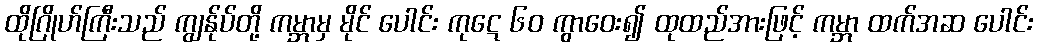
ထိုဂြိုဟ်ကြီးသည် ကျွန်ုပ်တို့ ကမ္ဘာမှ မိုင် ပေါင်း ကုဋေ ၆၀ ကွာဝေး၍ ထုထည်အားဖြင့် ကမ္ဘာ ထက်အဆ ပေါင်း